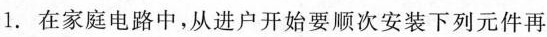
1.在家庭电路中，从进户开始要顺次安装下列元件再